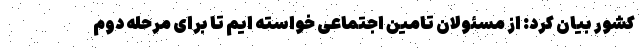
کشور بیان کرد: از مسئولان تامین اجتماعی خواسته ایم تا برای مرحله دوم